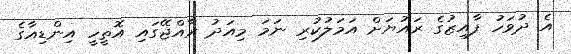
އެ ދުވަހު ފާއިޒުގެ ރައުޔަށް އަމަލުކުރި ނަމަ މިއަދު ރާއްޖޭގައި އޮތީހީ އިންޑިއާގެ